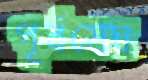
পূর্বমেঘ